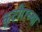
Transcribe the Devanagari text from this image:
कुटीराच्या